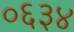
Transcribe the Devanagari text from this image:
०६३४